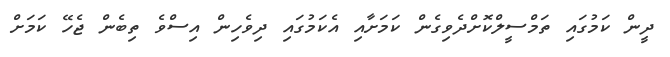
ދީން ކަމުގައި ތަމްސީލްކޮށްދެވިގެން ކަމަށާއި އެކަމުގައި ދިވެހިން އިސްވެ ތިބެން ޖެހޭ ކަމަށް